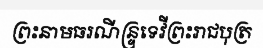
ព្រះនាមធរណីន្ទ្រទេវីព្រះរាជបុត្រ